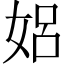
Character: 㛎